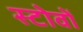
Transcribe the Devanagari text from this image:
स्टोवों